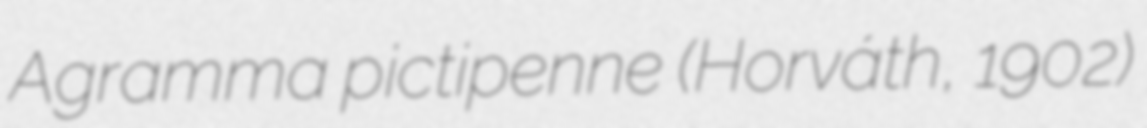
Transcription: Agramma pictipenne (Horváth, 1902)